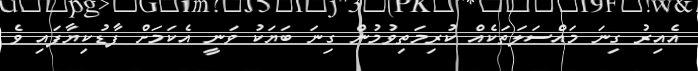
އެއިރު ގިނަ މައްސަލަތަކެއް ކުރިމަތިވުމުން ގިނަ ބަޔަކު ވަނީ އެކަމަށް ފާޑުކިޔާފައި ވެ